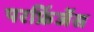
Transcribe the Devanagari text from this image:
परफ्रिंजेंस